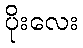
ပိုးလေး